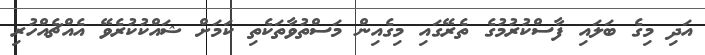
އަދި މިގެ ބަލައި ފާސްކުރުމުގެ ތެރޭގައި މިގެއިން މަސްތުވާތަކެތި ކަމަށް ޝައްކުކުރެވޭ އެއްޗެއްހުރި